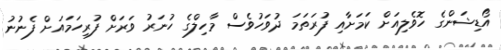
އޯޑިޝަންގެ ހޮވެލިއަށް ކަމަށާއި ފުރަތަމަ ދުވަހުވެސް މާހިލްގެ ހުނަރު ވަރަށް ފުރިހަމައަށް ފެނުނު